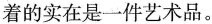
着的实在是一件艺术品。